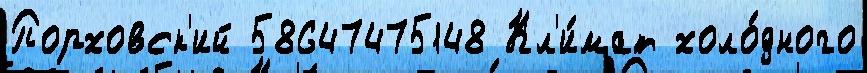
Порховск'ий 58647475148 Кл'и́мат холо́дного